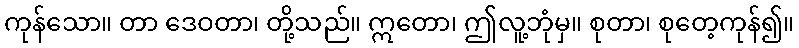
ကုန်သော။ တာ ဒေဝတာ၊ တို့သည်။ ဣတော၊ ဤလူ့ဘုံမှ။ စုတာ၊ စုတေ့ကုန်၍။